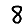
Digit: 8